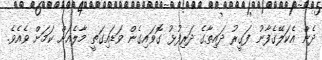
ދެން އެކަލޭގެފާނު ފަގީރު ދައިތާގެ ދަރިފުޅު ގޮވައިގެން ވަޑައިގަތީ މާލެއަށް ކަމަށް ވެއެވެ.